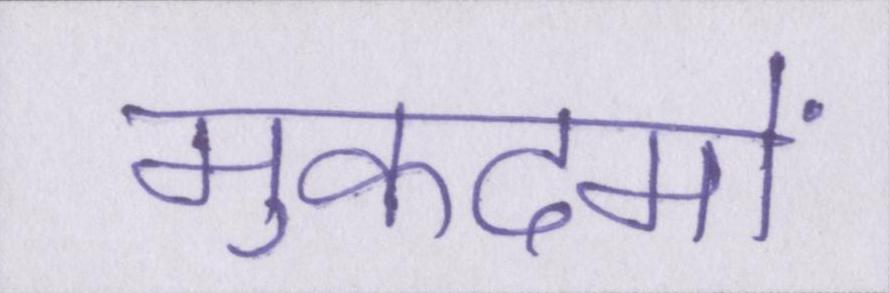
मुकदमों